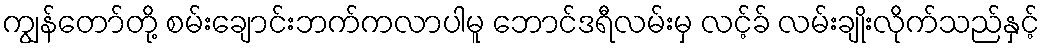
ကျွန်တော်တို့ စမ်းချောင်းဘက်ကလာပါမူ ဘောင်ဒရီလမ်းမှ လင့်ခ် လမ်းချိုးလိုက်သည်နှင့်